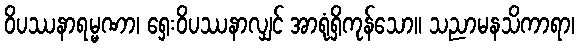
ဝိပဿနာရမ္မဏာ၊ ရှေးဝိပဿနာလျှင် အာရုံရှိကုန်သော။ သညာမနသိကာရာ၊